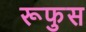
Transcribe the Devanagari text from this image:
रूफुस